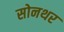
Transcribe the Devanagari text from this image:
सोनथर